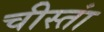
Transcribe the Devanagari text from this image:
चीस्तां